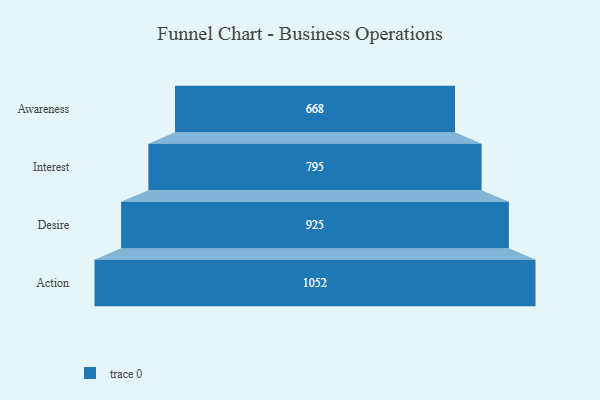
{"axis": {"x": "Stage", "y": "Value"}, "legend": [""], "data": [{"x": "Awareness", "y": 668.0, "type": ""}, {"x": "Interest", "y": 795.0, "type": ""}, {"x": "Desire", "y": 925.0, "type": ""}, {"x": "Action", "y": 1052.0, "type": ""}]}